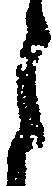
月